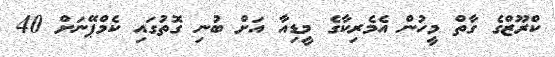
ކްރޫޒްގެ ގާތް މީހުން އެމެރިކާގެ މީޑިއާ އަށް ބުނި ގޮތުގައި ކެމްޕޭނަށް 40